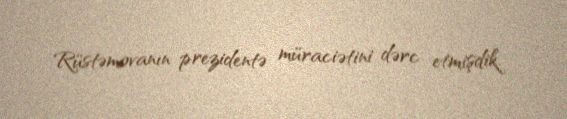
Rüstəmovanın prezidentə müraciətini dərc etmişdik.